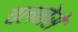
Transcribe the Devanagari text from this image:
चलनेसे